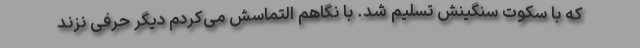
که با سکوت سنگینش تسلیم شد. با نگاهم التماسش می‌کردم دیگر حرفی نزند